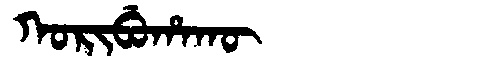
Manchu: ᡴᠣᡵᡳᠪᡠᡥᠠᡴᡡ
Romanization: KORIBUHAKŪ